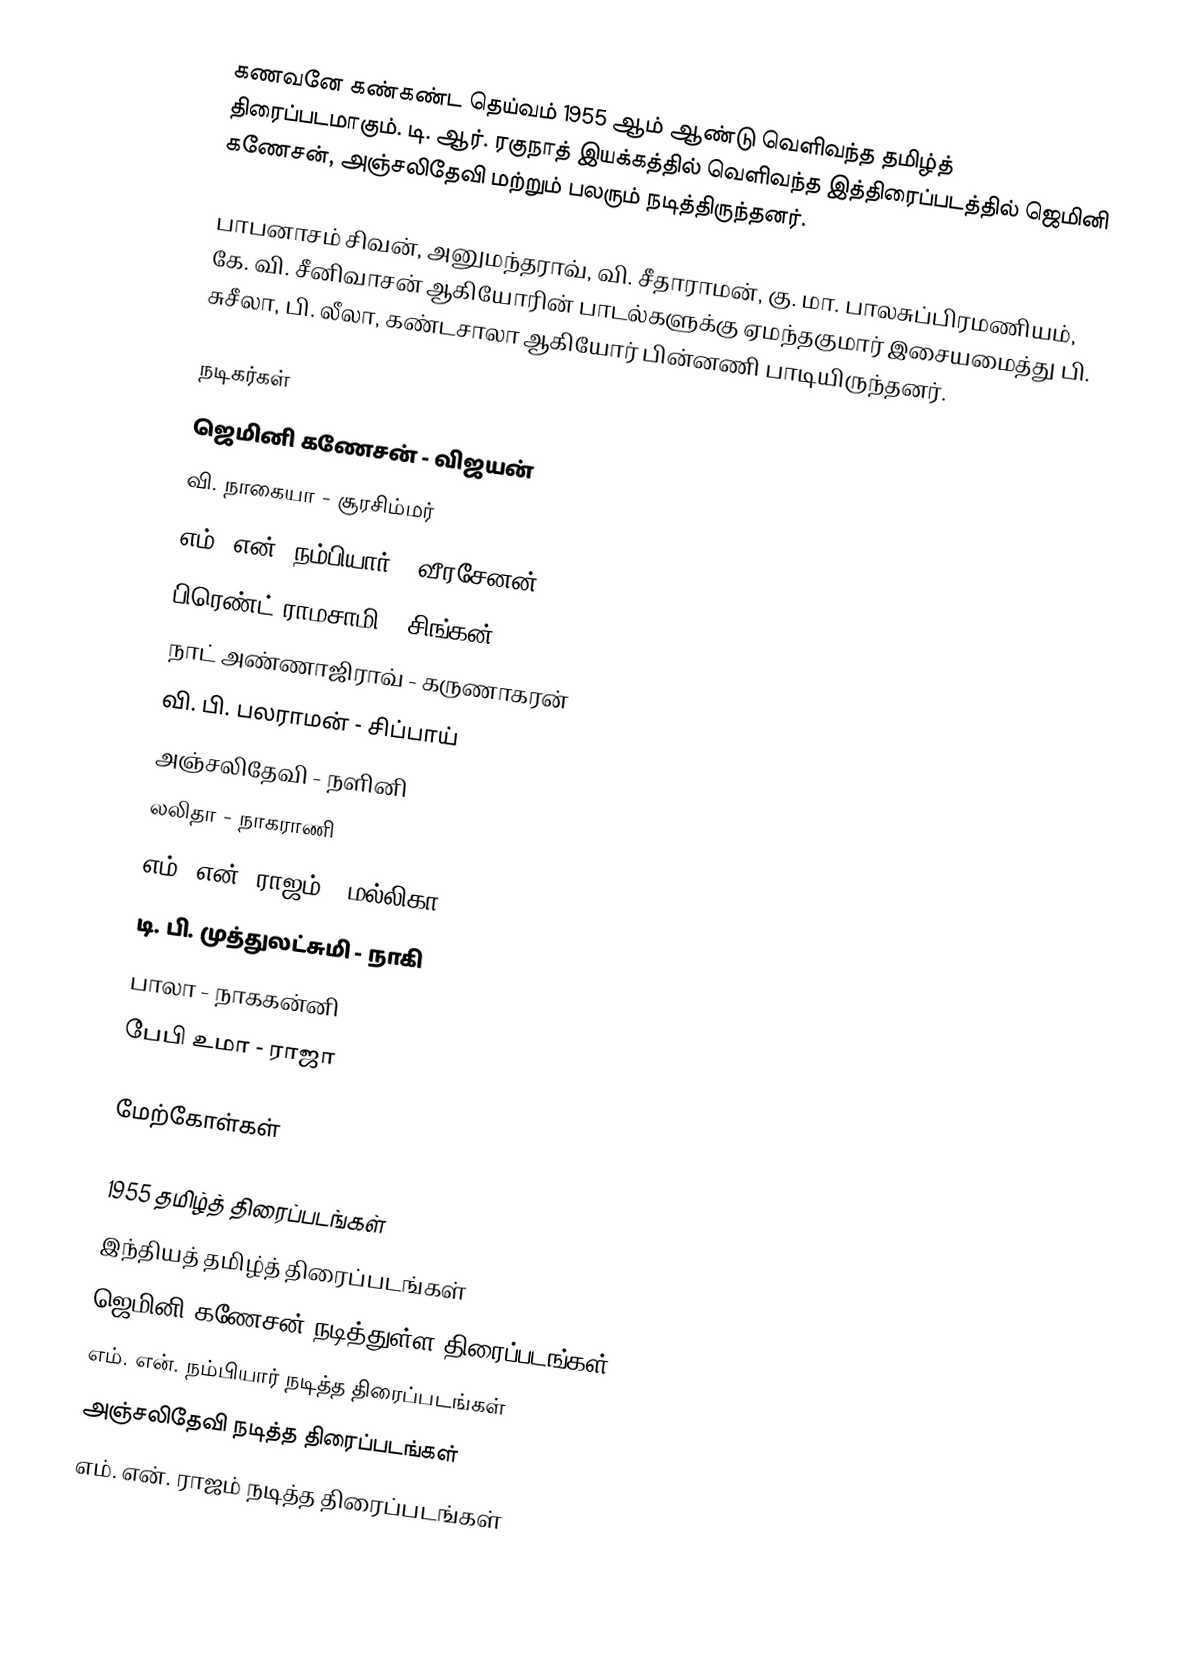
கணவனே கண்கண்ட தெய்வம் 1955 ஆம் ஆண்டு வெளிவந்த தமிழ்த் திரைப்படமாகும். டி. ஆர். ரகுநாத் இயக்கத்தில் வெளிவந்த இத்திரைப்படத்தில் ஜெமினி கணேசன், அஞ்சலிதேவி மற்றும் பலரும் நடித்திருந்தனர்.

பாபனாசம் சிவன், அனுமந்தராவ், வி. சீதாராமன், கு. மா. பாலசுப்பிரமணியம், கே. வி. சீனிவாசன் ஆகியோரின் பாடல்களுக்கு ஏமந்தகுமார் இசையமைத்து பி. சுசீலா, பி. லீலா, கண்டசாலா ஆகியோர் பின்னணி பாடியிருந்தனர்.

நடிகர்கள்
ஜெமினி கணேசன் - விஜயன்
வி. நாகையா - சூரசிம்மர்
எம். என். நம்பியார் - வீரசேனன்
பிரெண்ட் ராமசாமி - சிங்கன்
நாட் அண்ணாஜிராவ் - கருணாகரன்
வி. பி. பலராமன் - சிப்பாய்
அஞ்சலிதேவி - நளினி
லலிதா - நாகராணி
எம். என். ராஜம் - மல்லிகா
டி. பி. முத்துலட்சுமி - நாகி
பாலா - நாககன்னி
பேபி உமா - ராஜா

மேற்கோள்கள்

1955 தமிழ்த் திரைப்படங்கள்
இந்தியத் தமிழ்த் திரைப்படங்கள்
ஜெமினி கணேசன் நடித்துள்ள திரைப்படங்கள்
எம். என். நம்பியார் நடித்த திரைப்படங்கள்
அஞ்சலிதேவி நடித்த திரைப்படங்கள்
எம். என். ராஜம் நடித்த திரைப்படங்கள்